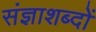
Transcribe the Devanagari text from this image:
संज्ञाशब्दों